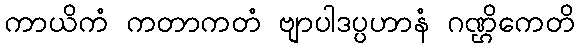
ကာယိကံ ကတာကတံ ဗျာပါဒပ္ပဟာနံ ဂဏ္ဌိကေတိ